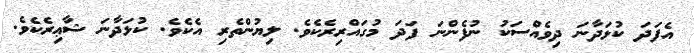
އެފަދަ ކުޅަދާނަ ދިވެއްސަކު ނުފެންނަ ފަދަ މުގައްރިރެކެވެ. ލިޔުންތެރި އެކެވެ. ކުޅަދާނަ ޝާޢިރެކެވެ.